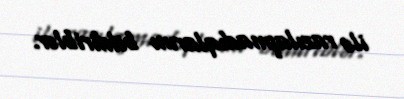
ilə razılaşmadıqlarını bildiriblər.